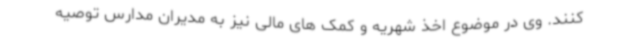
کنند. وی در موضوع اخذ شهریه و کمک های مالی نیز به مدیران مدارس توصیه